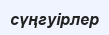
сүңгуірлер